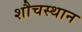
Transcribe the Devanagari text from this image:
शौचस्थान